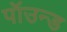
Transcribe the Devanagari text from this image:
पॉउन्ड